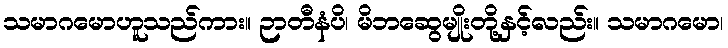
သမာဂမောဟူသည်ကား။ ဉာတီနံပိ၊ မိဘဆွေမျိုးတို့နှင့်လည်း။ သမာဂမော၊